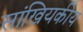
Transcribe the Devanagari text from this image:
सांखियकीय